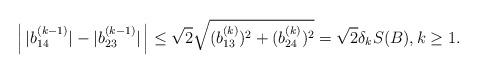
LaTeX: \begin{align*}\left| \,|b_{14}^{(k-1)}|-|b_{23}^{(k-1)}|\,\right| \leq \sqrt{2}\sqrt{(b_{13}^{(k)})^{2}+(b_{24}^{(k)})^{2}}=\sqrt{2}\delta_{k}S(B), k\geq1.\end{align*}